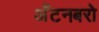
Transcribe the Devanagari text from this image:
अँटनबरो